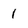
Character: 1